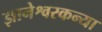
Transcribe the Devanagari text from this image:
ज्ञानेश्वरकन्या